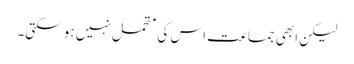
لیکن ابھی جماعت اس کی متحمل نہیں ہو سکتی۔